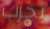
بحرب